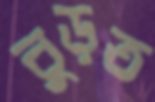
বুড়ত